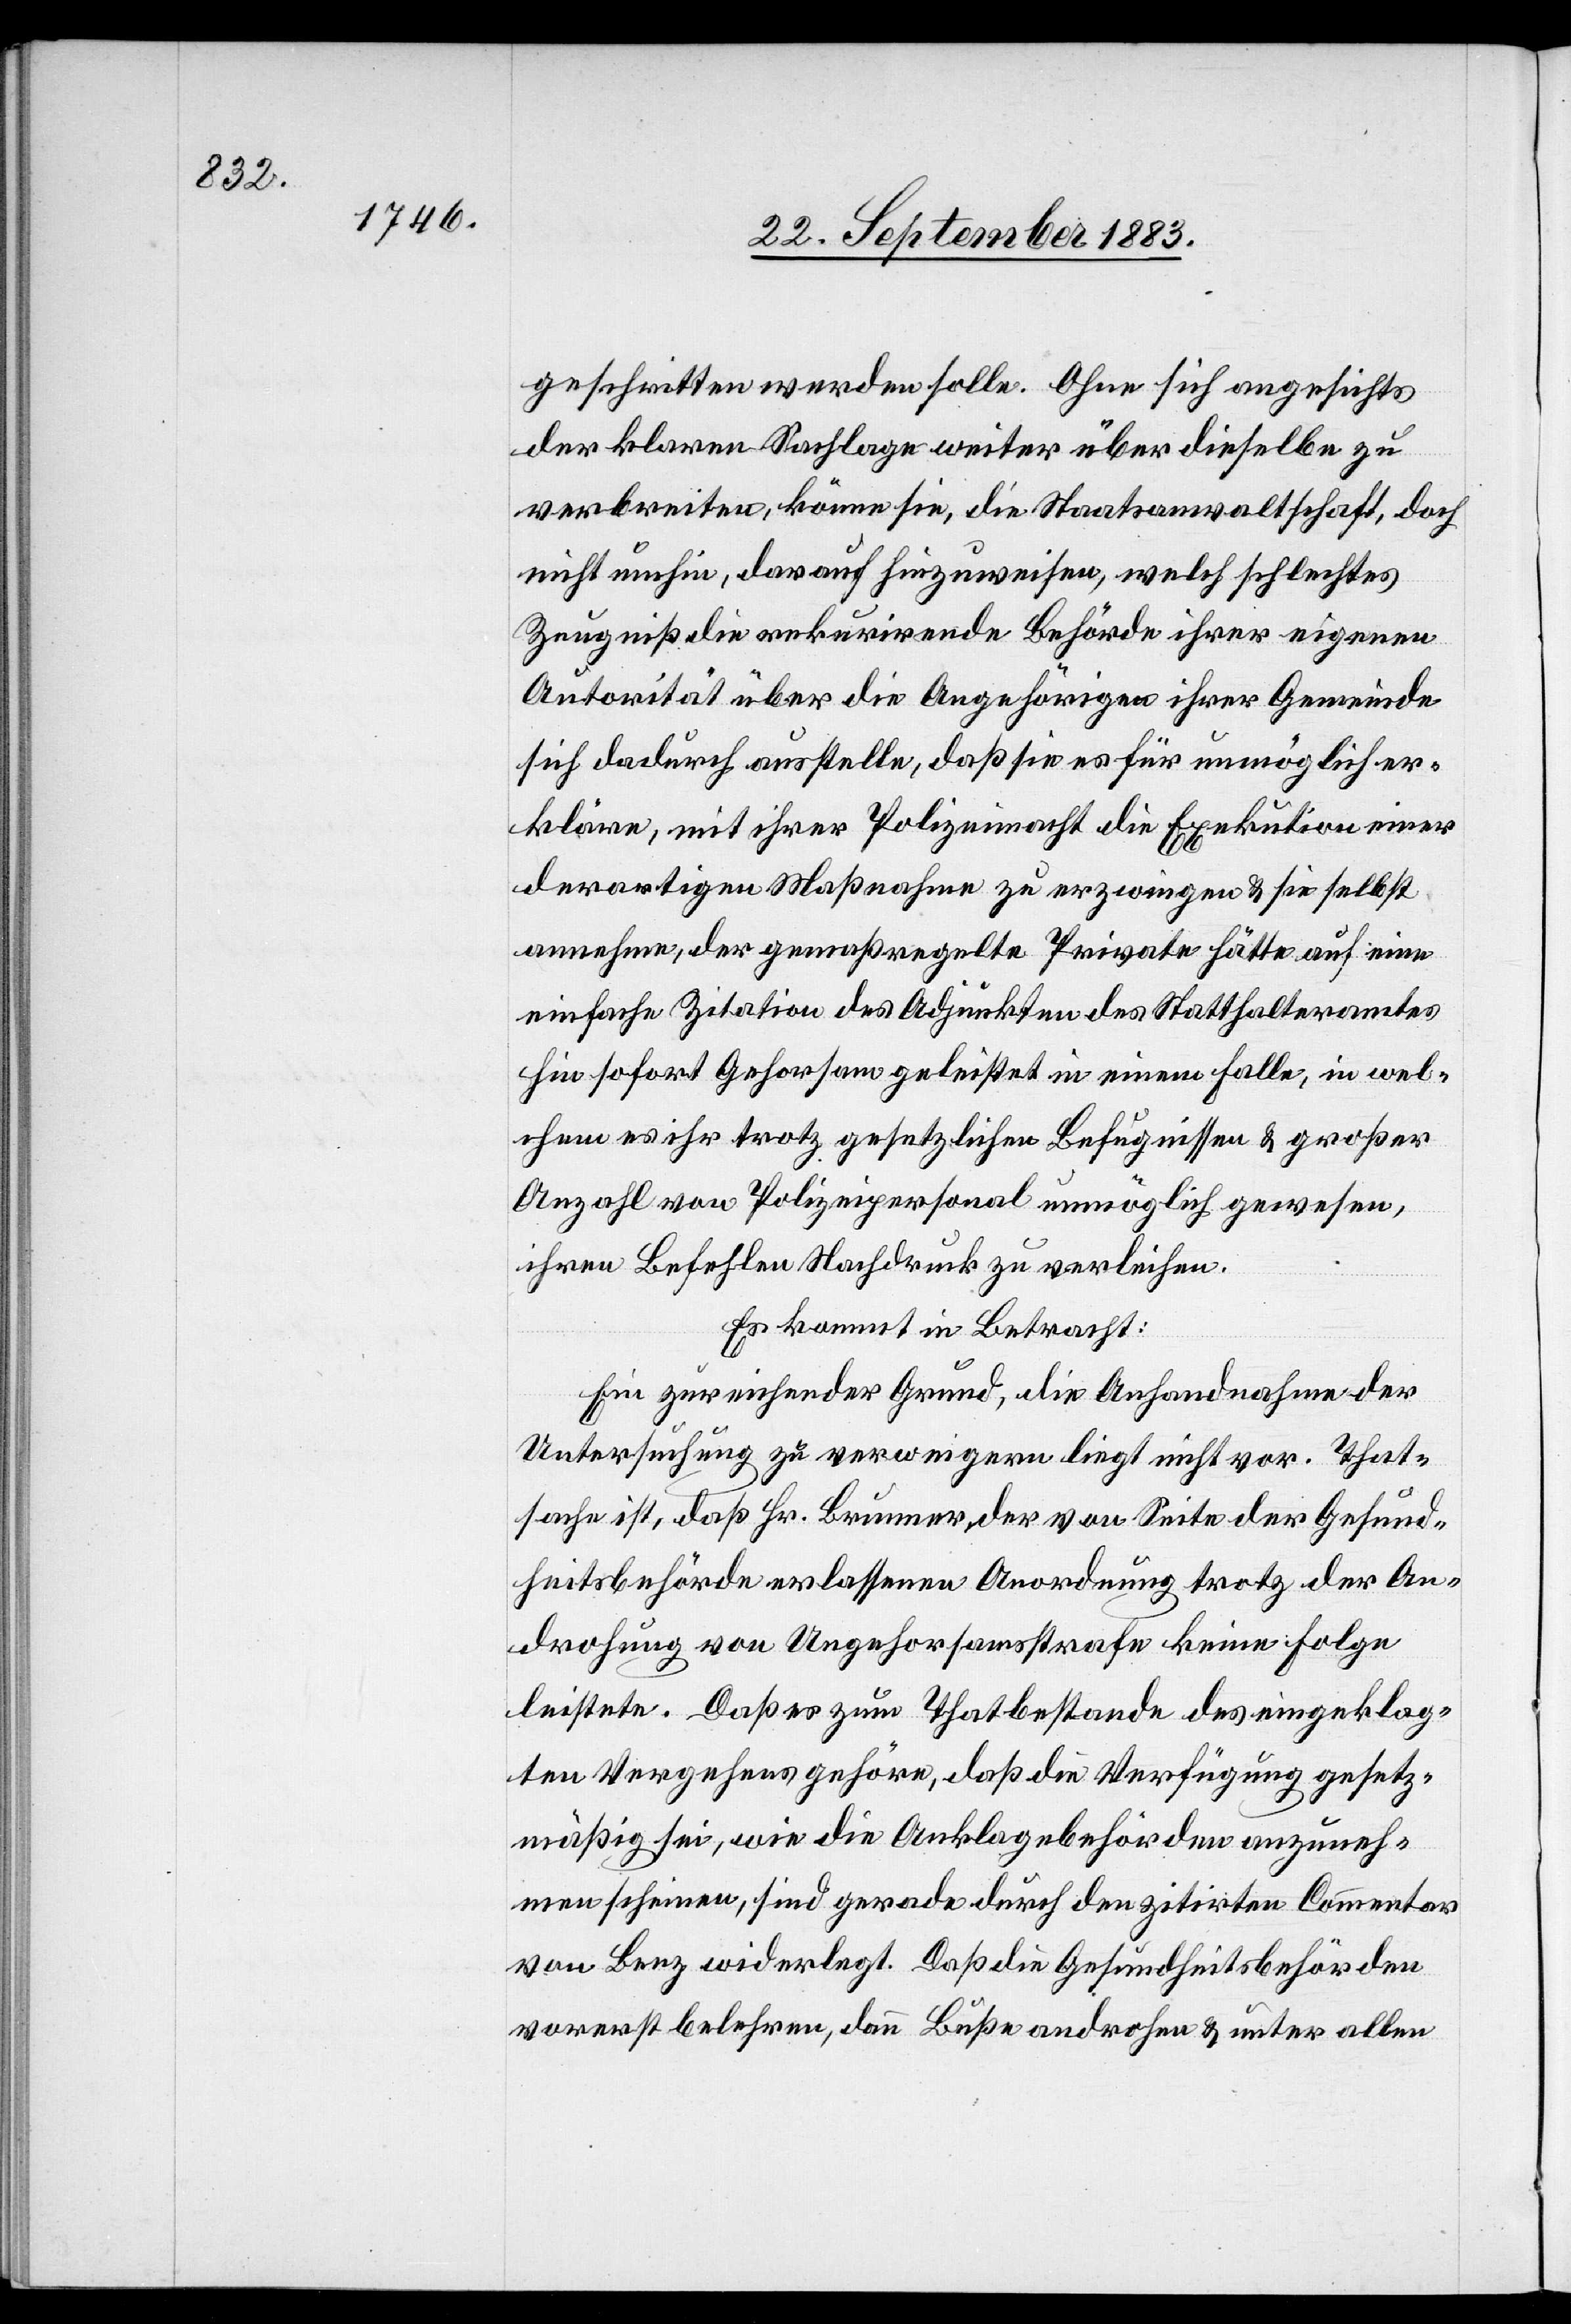
geschritten werden solle. Ohne sich angesichts
der klaren Sachlage weiter über dieselbe zu
verbreiten, könne sie, die Staatsanwaltschaft, doch
nicht umhin, darauf hinzuweisen, welch schlechtes
Zeugniß die rekurrirende Behörde ihrer eigenen
Autorität über die Angehörigen ihrer Gemeinde
sich dadurch ausstelle, da sie es für unmöglich er¬
kläre, mit ihrer Polizeimacht die Exekution einer
derartigen Maßnahme zu erzwingen & sie selbst
annehme, der gemaßregelte Private hätte auf eine
einfache Zitation des Adjunkten des Statthalteramtes
hin sofort Gehorsam geleistet in einem Falle, in wel¬
chem es ihr trotz gesetzlichen Befugnissen & großer
Anzahl von Polizeipersonal unmöglich gewesen,
ihren Befehlen Nachdruck zu verleihen.
Es kommt in Betracht:
Ein zureichender Grund, die Anhandnahme der
Untersuchung zu verweigern liegt nicht vor. That¬
sache ist, da Hr. Brunner, der von Seite der Gesund¬
heitsbehörde erlassenen Anordnung trotz der An¬
drohung von Ungehorsamsstrafe keine Folge
leistete. Daß es zum Thatbestande des eingeklag¬
ten Vergehens gehöre, da die Verfügung gesetz¬
mäßig sei, wie die Anklagebehörden anzuneh¬
men scheinen, sind [recte: ist] gerade durch den zitirten Commentar
von Benz widerlegt. Daß die Gesundheitsbehörden
vorerst belehren, dann Buße androhen & unter allen